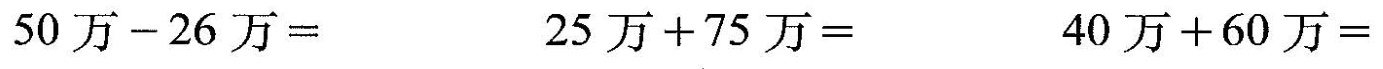
50万-26万=25万+75万=40万+60万=